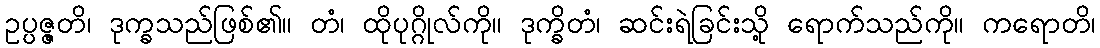
ဥပ္ပဇ္ဇတိ၊ ဒုက္ခသည်ဖြစ်၏။ တံ၊ ထိုပုဂ္ဂိုလ်ကို။ ဒုက္ခိတံ၊ ဆင်းရဲခြင်းသို့ ရောက်သည်ကို။ ကရောတိ၊